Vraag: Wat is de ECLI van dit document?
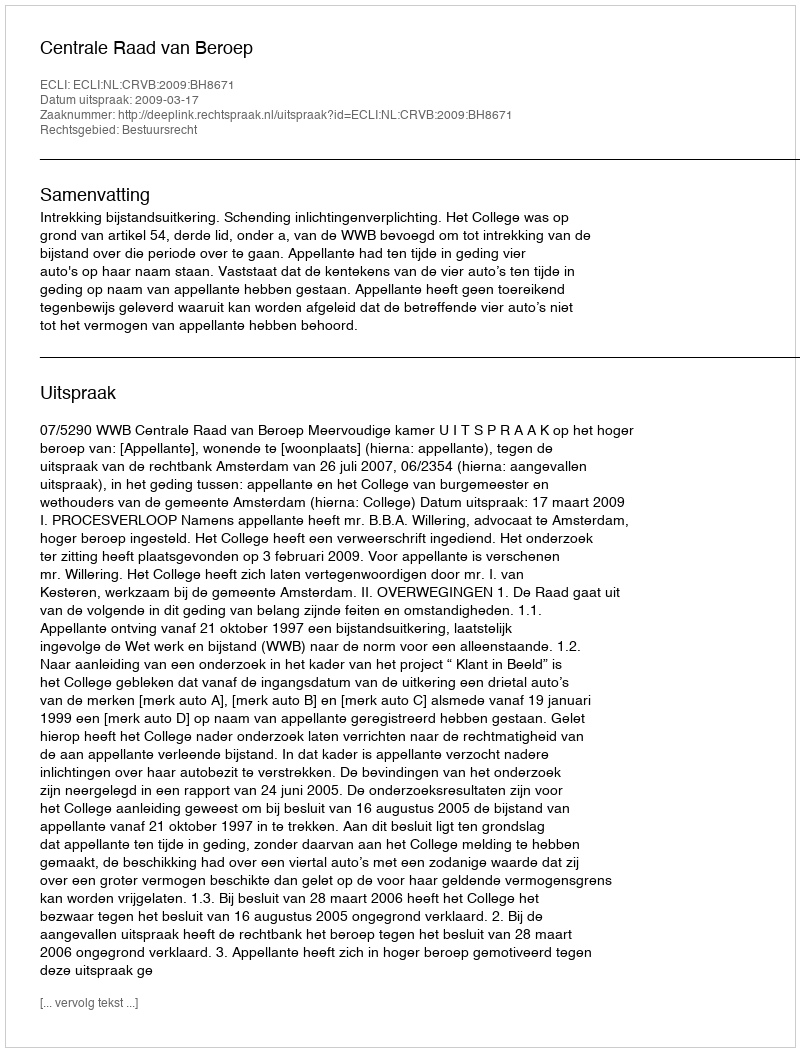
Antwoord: ECLI:NL:CRVB:2009:BH8671